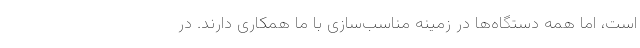
است، اما همه دستگاه‌ها در زمینه مناسب‌سازی با ما همکاری دارند. در